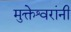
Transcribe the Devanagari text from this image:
मुक्तेश्वरांनी